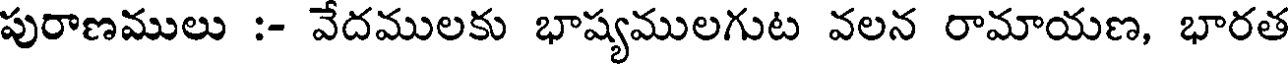
పురాణములు :- వేదములకు భాష్యములగుట వలన రామాయణ, భారత